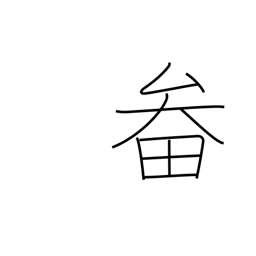
Meaning: basket